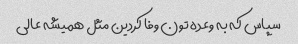
سپاس که به وعده تون وفا کردین مثل همیشه عالی